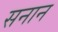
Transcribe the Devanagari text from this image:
सनान